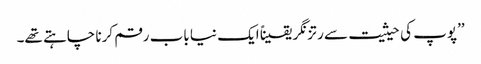
’’پوپ کی حیثیت سے رتزنگر یقیناً ایک نیا باب رقم کرنا چاہتے تھے۔